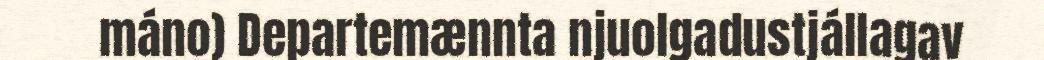
máno) Departemænnta njuolgadustjállagav